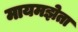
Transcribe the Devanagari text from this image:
मायमझेता